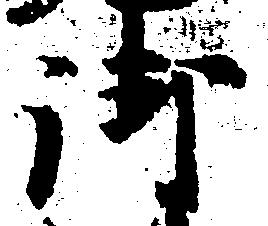
御